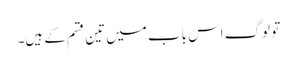
تو لوگ اس باب میں تین قسم کے ہیں۔